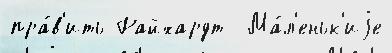
пра́в'ить Райхардт  Ма́л'еньк'иjе